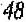
48